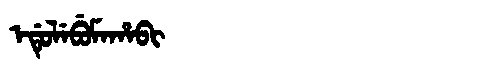
Manchu: ᡝᡩᡠᠯᡝᠪᡠᠮᠠᡥᠠᠪᡳ
Romanization: EDULEBUMAHABI